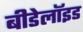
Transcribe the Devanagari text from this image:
बीडेलॉइड